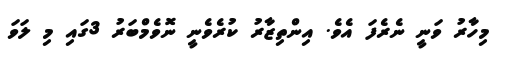
މިހާރު ވަނީ ނެރެފަ އެވެ. އިންތިޒާރު ކުރެވެނީ ނޮވެމްބަރު 3ގައި މި ލަވަ